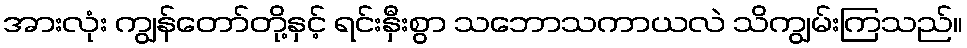
အားလုံး ကျွန်တော်တို့နှင့် ရင်းနှီးစွာ သဘောသကာယလဲ သိကျွမ်းကြသည်။